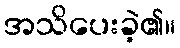
အသိပေးခဲ့၏။